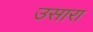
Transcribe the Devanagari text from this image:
उसारा